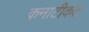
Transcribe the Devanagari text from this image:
कनाटीकट